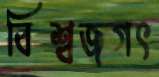
বিশ্বজগৎ